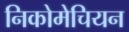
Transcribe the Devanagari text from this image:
निकोमेचियन